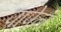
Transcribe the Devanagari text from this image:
पापेन